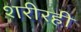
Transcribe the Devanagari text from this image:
शरीरही